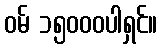
ဝမ် ၁၅၀၀၀ပါရှင်။